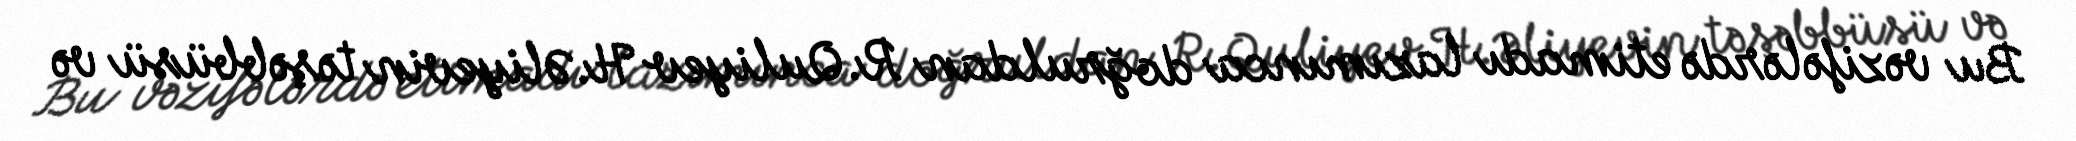
Bu vəzifələrdə etimadı lazımınca doğruldan R.Quliyev H.Əliyevin təşəbbüsü və